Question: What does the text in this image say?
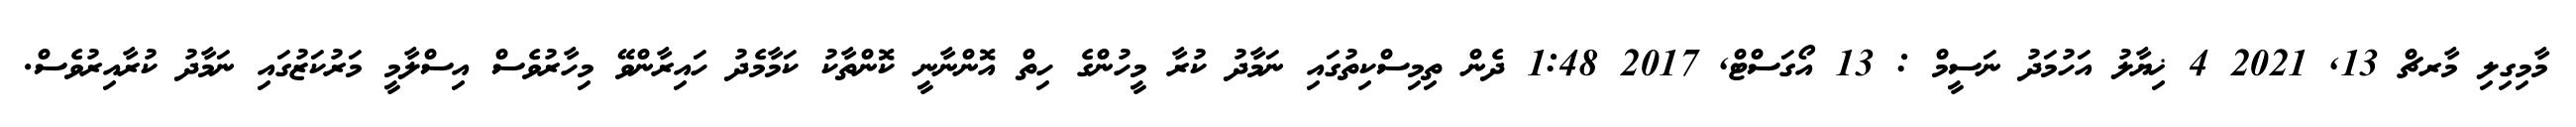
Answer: މާމިގިލި މާރޗް 13, 2021 4 ޚިޔާލު އަހުމަދު ނަސީމް : 13 އޯގަސްޓް, 2017 1:48 ދެން ތިމިސްކިތުގައި ނަމާދު ކުރާ މީހުންގެ ހިތް އޮންނާނީ ކޮންތާކު ކަމާމެދު ހައިރާންވޭ މިހާރުވެސް އިސްލާމީ މަރުކަޒުގައި ނަމާދު ކުރާއިރުވެސް.